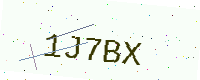
Text: 1J7BX